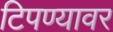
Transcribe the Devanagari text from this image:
टिपण्यावर